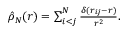
\begin{array} { r } { \hat { \rho } _ { N } ( r ) = \sum _ { i < j } ^ { N } \frac { \delta ( r _ { i j } - r ) } { r ^ { 2 } } . } \end{array}